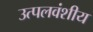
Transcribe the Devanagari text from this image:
उत्पलवंशीय